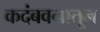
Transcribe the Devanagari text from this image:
कदंबवनातून